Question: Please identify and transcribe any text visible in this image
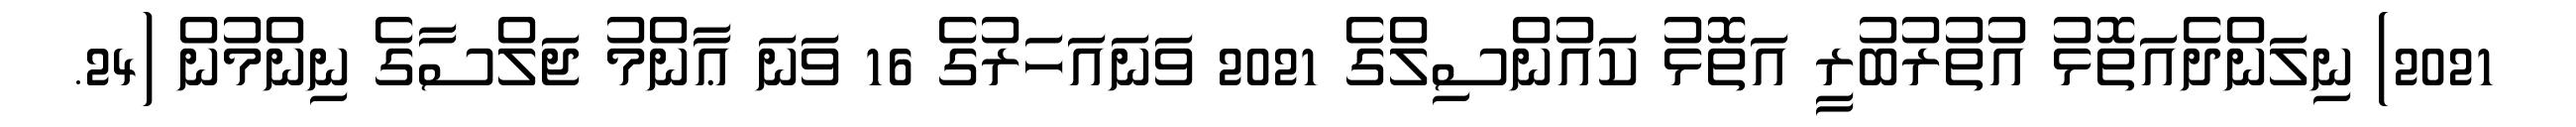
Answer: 2021) ނިލަންދެއަތޮޅު އުތުރުބުރީ އަތޮޅު ކައުންސިލްގެ 2021 ވަނައަހަރުގެ 16 ވަނަ ޢާންމު ޖަލްސާގެ ނިންމުން (24.